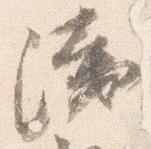
浅